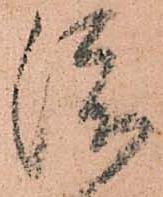
渡